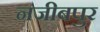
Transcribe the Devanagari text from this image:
नजीबपुर